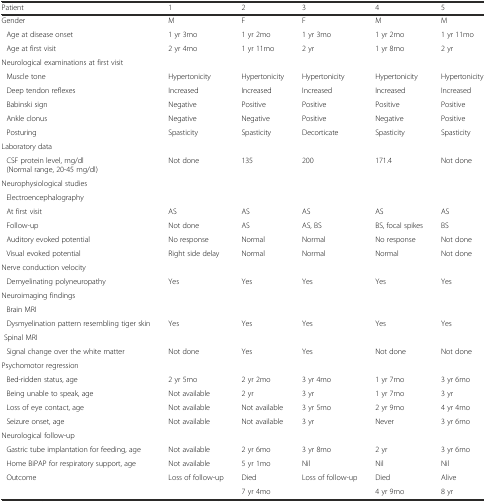
<table><thead><tr><td><b>Patient</b></td><td><b>1</b></td><td><b>2</b></td><td><b>3</b></td><td><b>4</b></td><td><b>5</b></td></tr></thead><tbody><tr><td>Gender</td><td>M</td><td>F</td><td>F</td><td>M</td><td>M</td></tr><tr><td> Age at disease onset</td><td>1 yr 3mo</td><td>1 yr 2mo</td><td>1 yr 3mo</td><td>1 yr 2mo</td><td>1 yr 11mo</td></tr><tr><td> Age at first visit</td><td>2 yr 4mo</td><td>1 yr 11mo</td><td>2 yr</td><td>1 yr 8mo</td><td>2 yr</td></tr><tr><td colspan="6">Neurological examinations at first visit</td></tr><tr><td> Muscle tone</td><td>Hypertonicity</td><td>Hypertonicity</td><td>Hypertonicity</td><td>Hypertonicity</td><td>Hypertonicity</td></tr><tr><td> Deep tendon reflexes</td><td>Increased</td><td>Increased</td><td>Increased</td><td>Increased</td><td>Increased</td></tr><tr><td> Babinski sign</td><td>Negative</td><td>Positive</td><td>Positive</td><td>Positive</td><td>Positive</td></tr><tr><td> Ankle clonus</td><td>Negative</td><td>Negative</td><td>Positive</td><td>Negative</td><td>Positive</td></tr><tr><td> Posturing</td><td>Spasticity</td><td>Spasticity</td><td>Decorticate</td><td>Spasticity</td><td>Spasticity</td></tr><tr><td colspan="6">Laboratory data</td></tr><tr><td> CSF protein level, mg/dl (Normal range, 20-45 mg/dl)</td><td>Not done</td><td>135</td><td>200</td><td>171.4</td><td>Not done</td></tr><tr><td colspan="6">Neurophysiological studies</td></tr><tr><td colspan="6"> Electroencephalography</td></tr><tr><td> At first visit</td><td>AS</td><td>AS</td><td>AS</td><td>AS</td><td>AS</td></tr><tr><td> Follow-up</td><td>Not done</td><td>AS</td><td>AS, BS</td><td>BS, focal spikes</td><td>BS</td></tr><tr><td> Auditory evoked potential</td><td>No response</td><td>Normal</td><td>Normal</td><td>No response</td><td>Not done</td></tr><tr><td> Visual evoked potential</td><td>Right side delay</td><td>Normal</td><td>Normal</td><td>Normal</td><td>Not done</td></tr><tr><td colspan="6">Nerve conduction velocity</td></tr><tr><td> Demyelinating polyneuropathy</td><td>Yes</td><td>Yes</td><td>Yes</td><td>Yes</td><td>Yes</td></tr><tr><td colspan="6">Neuroimaging findings</td></tr><tr><td colspan="6"> Brain MRI</td></tr><tr><td> Dysmyelination pattern resembling tiger skin</td><td>Yes</td><td>Yes</td><td>Yes</td><td>Yes</td><td>Yes</td></tr><tr><td colspan="6"> Spinal MRI</td></tr><tr><td> Signal change over the white matter</td><td>Not done</td><td>Yes</td><td>Yes</td><td>Not done</td><td>Not done</td></tr><tr><td colspan="6">Psychomotor regression</td></tr><tr><td> Bed-ridden status, age</td><td>2 yr 5mo</td><td>2 yr 2mo</td><td>3 yr 4mo</td><td>1 yr 7mo</td><td>3 yr 6mo</td></tr><tr><td> Being unable to speak, age</td><td>Not available</td><td>2 yr</td><td>3 yr</td><td>1 yr 7mo</td><td>3 yr</td></tr><tr><td> Loss of eye contact, age</td><td>Not available</td><td>Not available</td><td>3 yr 5mo</td><td>2 yr 9mo</td><td>4 yr 4mo</td></tr><tr><td> Seizure onset, age</td><td>Not available</td><td>Not available</td><td>3 yr</td><td>Never</td><td>3 yr 6mo</td></tr><tr><td colspan="6">Neurological follow-up</td></tr><tr><td> Gastric tube implantation for feeding, age</td><td>Not available</td><td>2 yr 6mo</td><td>3 yr 8mo</td><td>2 yr</td><td>3 yr 6mo</td></tr><tr><td> Home BiPAP for respiratory support, age</td><td>Not available</td><td>5 yr 1mo</td><td>Nil</td><td>Nil</td><td>Nil</td></tr><tr><td> Outcome</td><td>Loss of follow-up</td><td>Died</td><td>Loss of follow-up</td><td>Died</td><td>Alive</td></tr><tr><td></td><td></td><td>7 yr 4mo</td><td></td><td>4 yr 9mo</td><td>8 yr</td></tr></tbody></table>